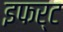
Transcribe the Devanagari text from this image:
इफर्ट